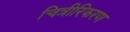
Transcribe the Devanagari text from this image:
चित्रीरिकरण